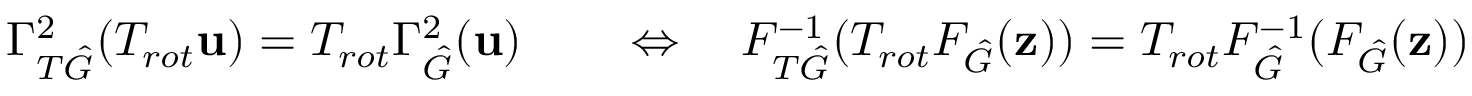
\begin{array} { r l } { \Gamma _ { T \hat { G } } ^ { 2 } ( T _ { r o t } \mathbf { u } ) = T _ { r o t } \Gamma _ { \hat { G } } ^ { 2 } ( \mathbf { u } ) } & { { } \quad \Leftrightarrow \quad F _ { T \hat { G } } ^ { - 1 } ( T _ { r o t } F _ { \hat { G } } ( \mathbf { z } ) ) = T _ { r o t } F _ { \hat { G } } ^ { - 1 } ( F _ { \hat { G } } ( \mathbf { z } ) ) } \end{array}